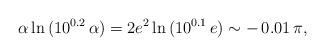
LaTeX: \begin{align*}\alpha\ln{(10^{0.2}\,\alpha)} = 2 e^2\ln{(10^{0.1}\,e)} \sim -\,0.01\,\pi, \end{align*}